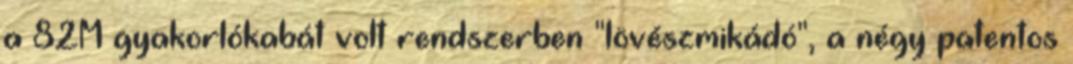
a 82M gyakorlókabát volt rendszerben "lövészmikádó", a négy patentos